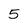
Character: 5